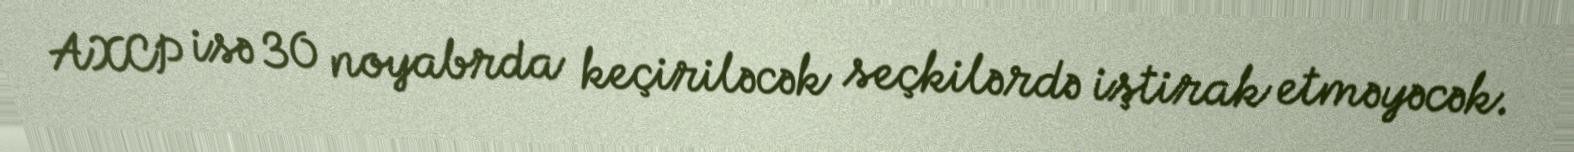
AXCP isə 30 noyabrda keçiriləcək seçkilərdə iştirak etməyəcək.